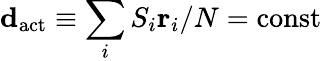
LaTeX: {\mathbf d}_{\mathrm{act}}\equiv\sum_{i}S_{i}{{\mathbf r}_{i}}/N=\mathrm{const}